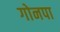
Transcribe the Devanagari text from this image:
गोनपा